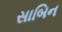
સાબિન